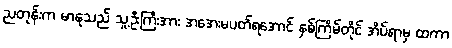
ညတုန်းက မာနုသည် သူ့ဦးကြီးအား အအေးမပတ်ရအောင် နှစ်ကြိမ်တိုင် အိပ်ရာမှ ထကာ